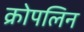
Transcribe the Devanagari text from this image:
क्रोपलिन